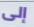
إلى